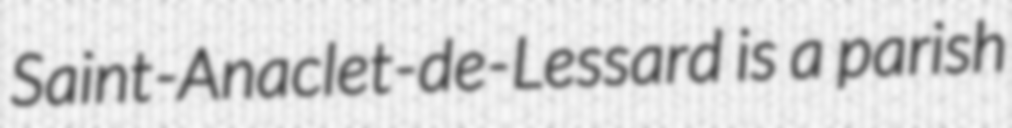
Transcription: Saint-Anaclet-de-Lessard is a parish